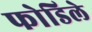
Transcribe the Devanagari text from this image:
फोडिले